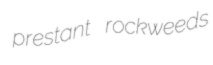
prestant rockweeds